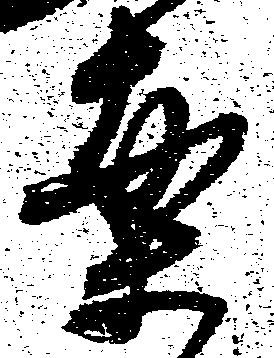
案